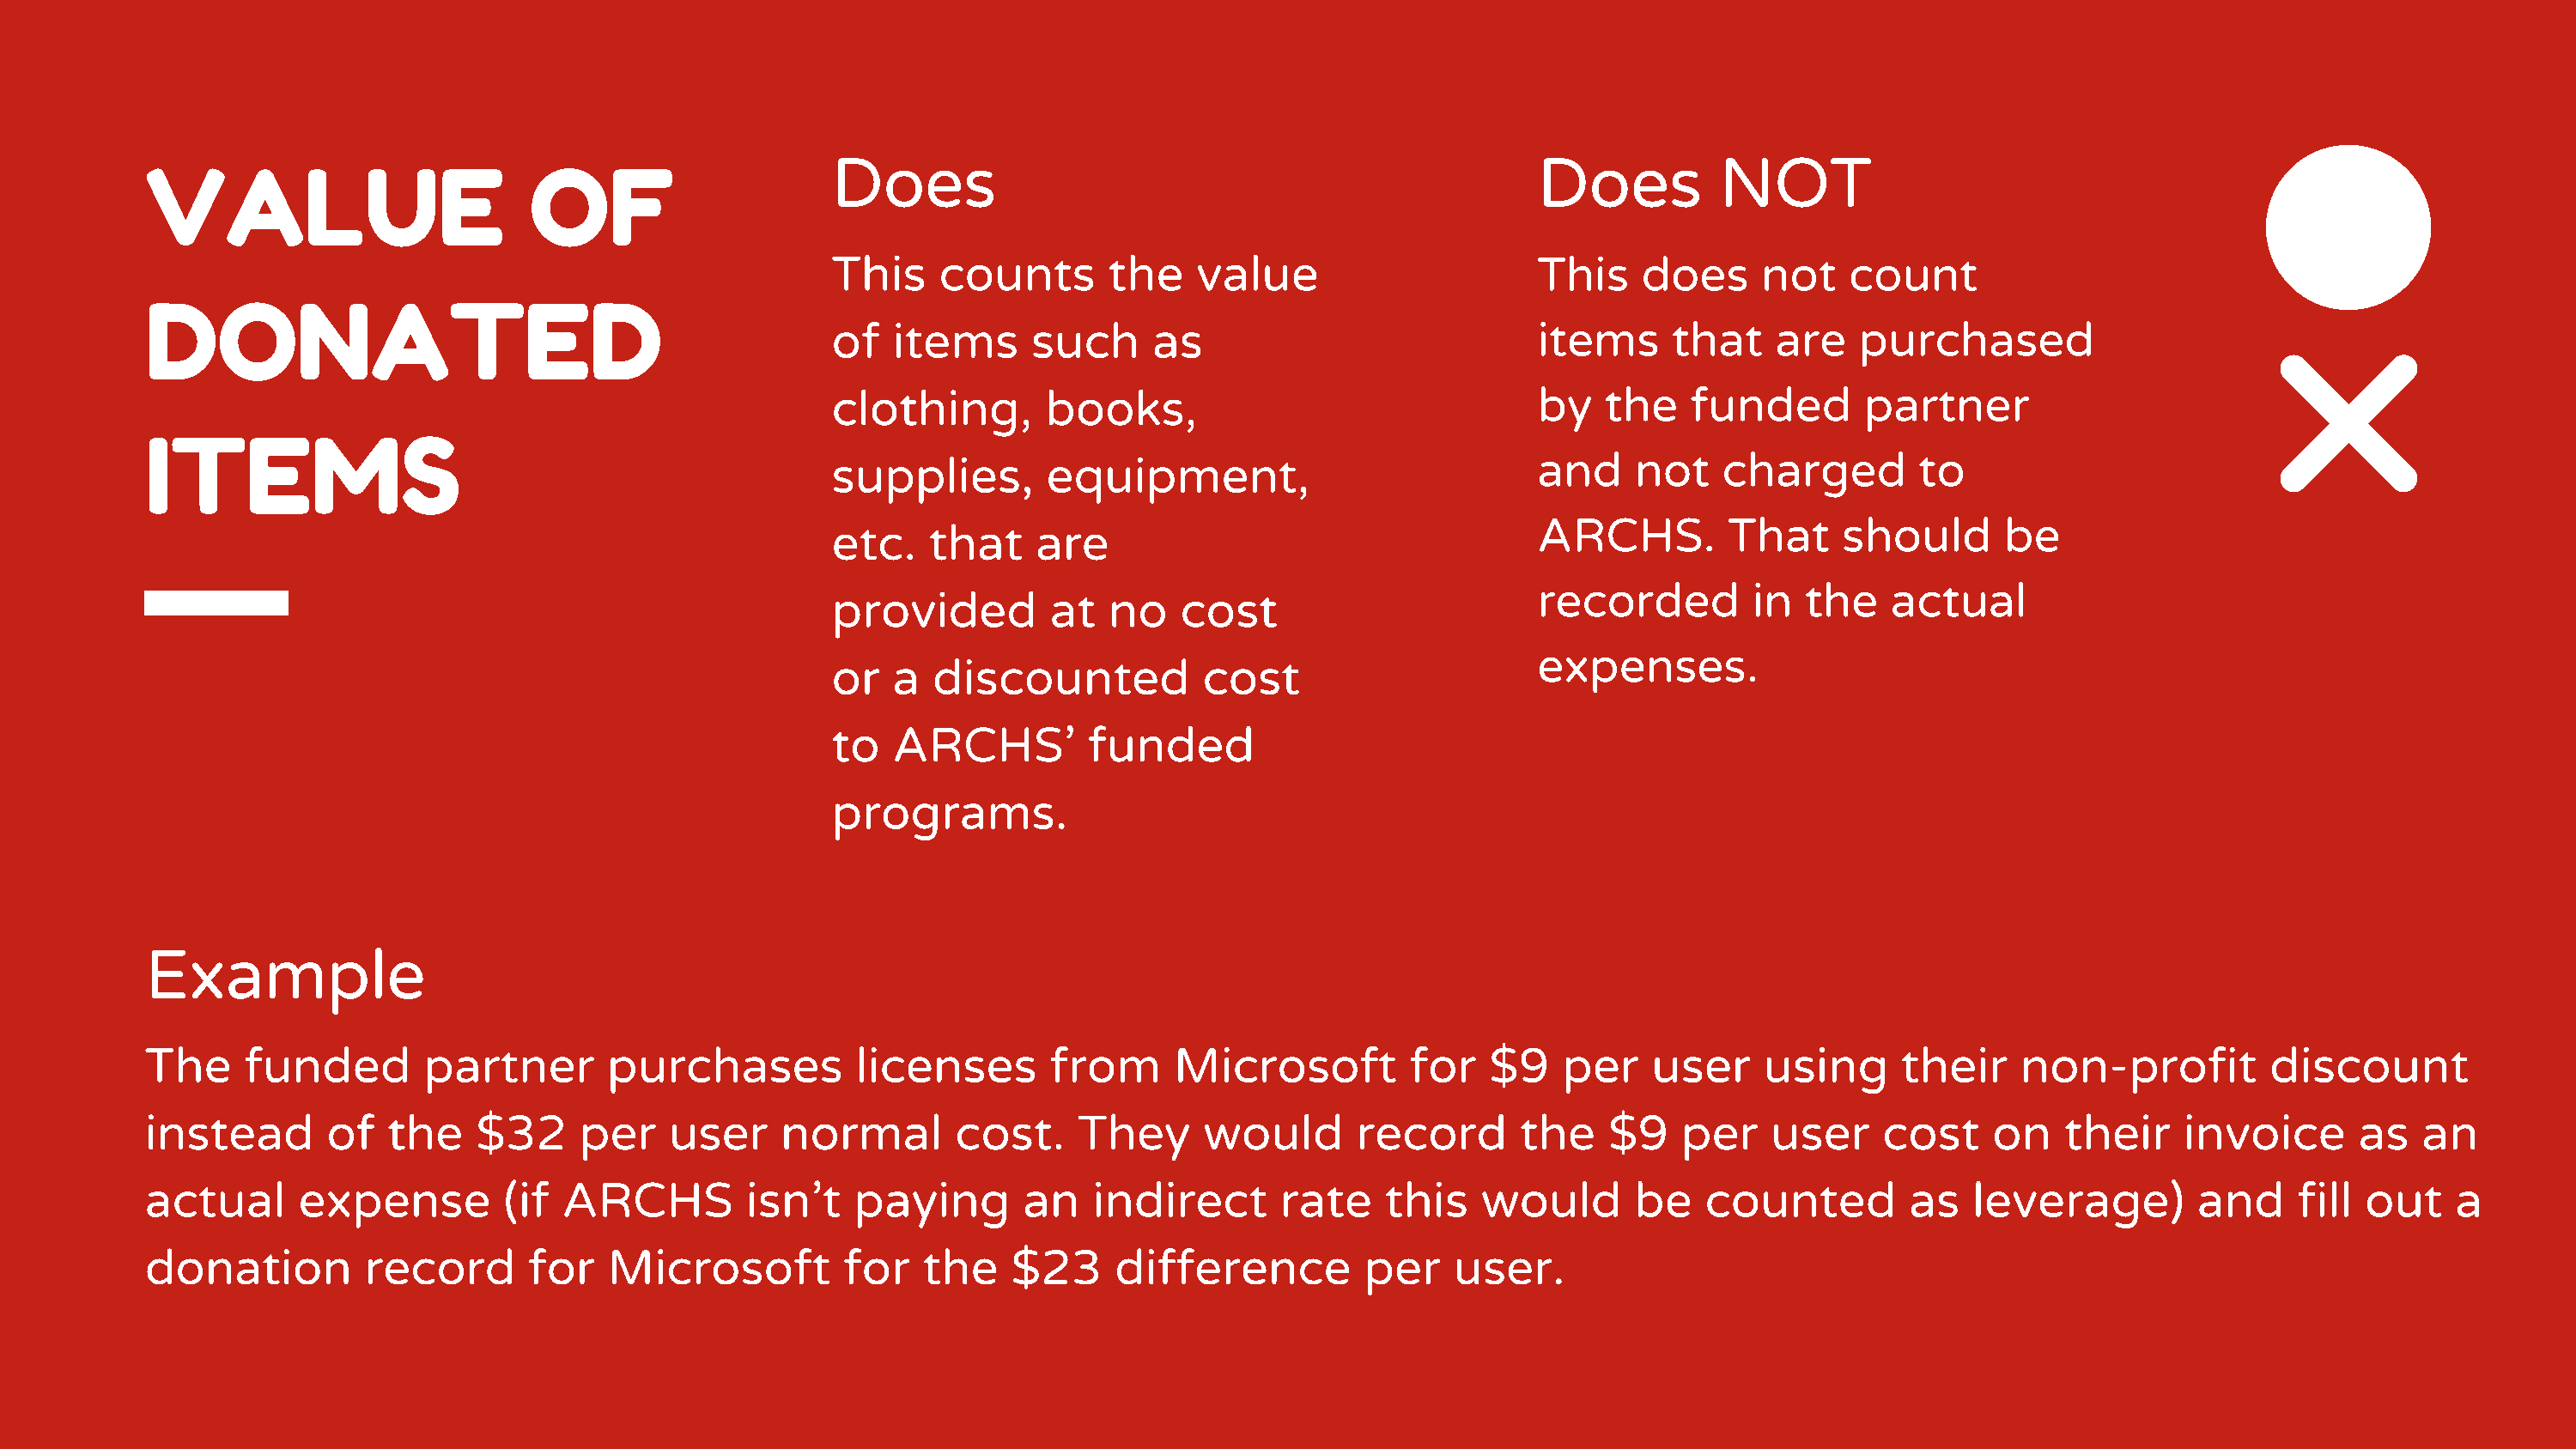
Does                                                   Does          NOT
 VALUE                         OF
 This    counts       the    value                      This    does     not    count
 DONATED
 of   items      such     as                            items     that    are   purchased
 clothing,        books,                                by   the   funded        partner
 ITEMS
 supplies,        equipment,                            and    not    charged        to
 ARCHS.        That     should       be
 etc.    that    are
 recorded        in  the    actual
 provided         at  no    cost
 expenses.
 or   a  discounted           cost
 to   ARCHS’         funded
 programs.
 Example
 The     funded        partner       purchases          licenses       from     Microsoft          for   $9   per    user     using      their    non-profit         discount
 instead       of   the    $32     per    user    normal        cost.    They      would       record      the    $9    per    user    cost     on   their    invoice       as   an
 actual      expense         (if ARCHS          isn’t   paying       an   indirect       rate    this   would       be   counted         as   leverage)        and     fill out    a
 donation         record       for   Microsoft         for   the    $23     difference         per    user.